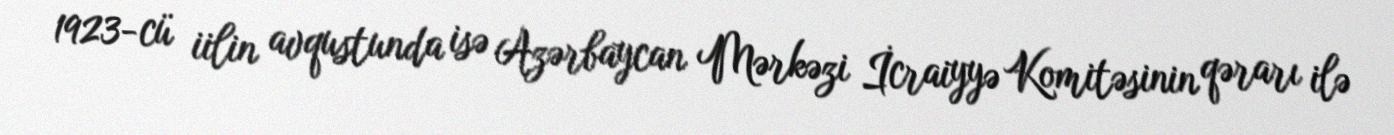
1923-cü iilin avqustunda isə Azərbaycan Mərkəzi İcraiyyə Komitəsinin qərarı ilə